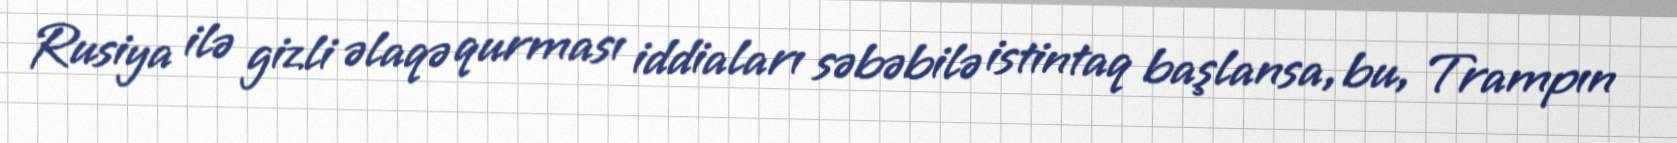
Rusiya ilə gizli əlaqə qurması iddiaları səbəbilə istintaq başlansa, bu, Trampın